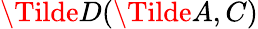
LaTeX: \Tilde{D}(\Tilde{A},C)